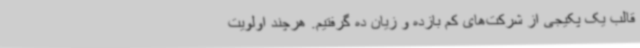
قالب یک پکیجی از شرکت‌های کم بازده و زیان ده گرفتیم. هرچند اولویت